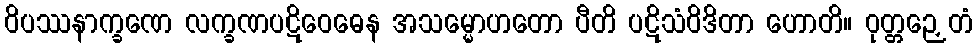
ဝိပဿနာက္ခဏေ လက္ခဏပဋိဝေဓေန အသမ္မောဟတော ပီတိ ပဋိသံဝိဒိတာ ဟောတိ။ ဝုတ္တဉှေတံ